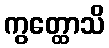
ကွတ္ထောသိ